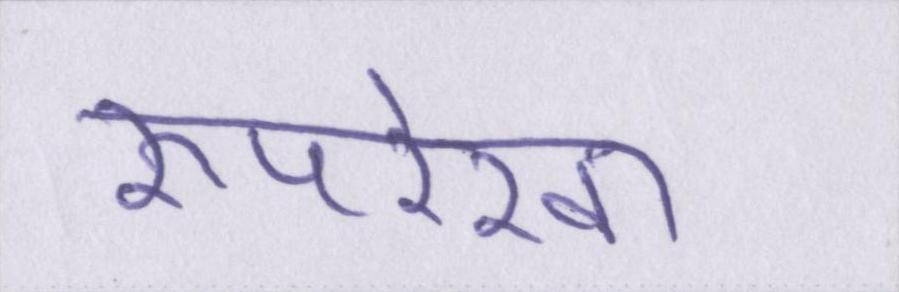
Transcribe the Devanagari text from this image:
रूपरेखा